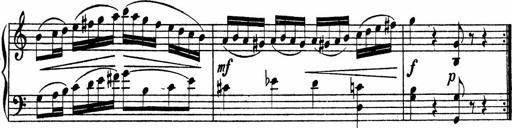
Title: Piano Sonata
Composer: Karl HÃ¤ssler
Key: C major